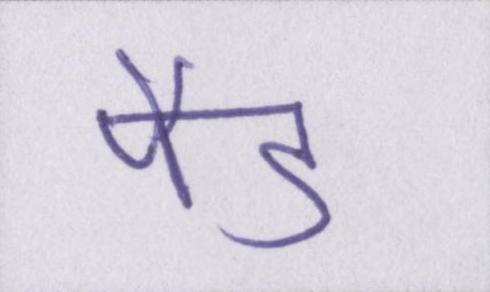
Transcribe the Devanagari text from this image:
पैड